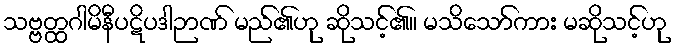
သဗ္ဗတ္ထဂါမိနီပဋိပဒါဉာဏ် မည်၏ဟု ဆိုသင့်၏။ မသိသော်ကား မဆိုသင့်ဟု